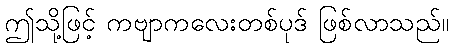
ဤသို့ဖြင့် ကဗျာကလေးတစ်ပုဒ် ဖြစ်လာသည်။